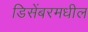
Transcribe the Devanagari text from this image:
डिसेंबरमधील